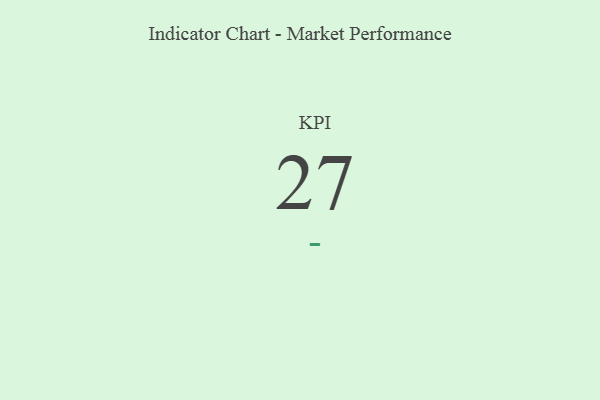
{"axis": {"x": "KPI", "y": "Value"}, "legend": [""], "data": [{"x": "KPI", "y": 27, "type": ""}]}